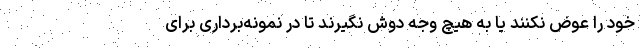
خود را عوض نکنند یا به هیچ وجه دوش نگیرند تا در نمونه‌برداری برای